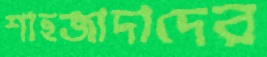
শাহজাদাদের